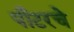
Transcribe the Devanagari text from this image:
पीटरचे